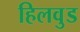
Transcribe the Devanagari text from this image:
हिलवुड